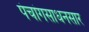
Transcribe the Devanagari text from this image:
पंचांगसाधनसार